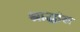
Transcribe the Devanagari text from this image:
श्राद्धांस